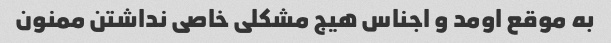
به موقع اومد و اجناس هیج مشکلی خاصی نداشتن ممنون